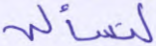
لتسألن